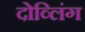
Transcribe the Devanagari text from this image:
दोव्लिंग